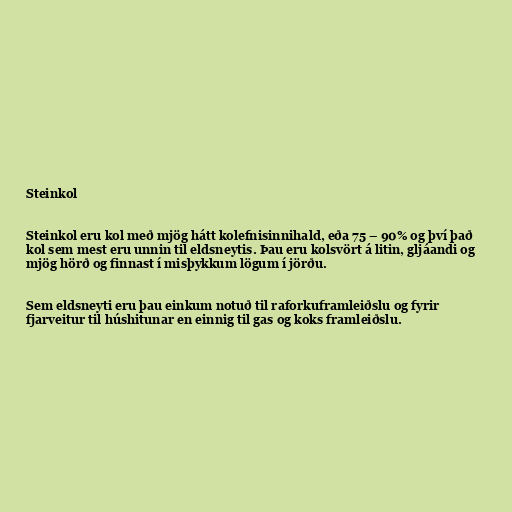
Steinkol

Steinkol eru kol með mjög hátt kolefnisinnihald, eða 75 – 90% og því það
kol sem mest eru unnin til eldsneytis. Þau eru kolsvört á litin, gljáandi og
mjög hörð og finnast í misþykkum lögum í jörðu.

Sem eldsneyti eru þau einkum notuð til raforkuframleiðslu og fyrir
fjarveitur til húshitunar en einnig til gas og koks framleiðslu.